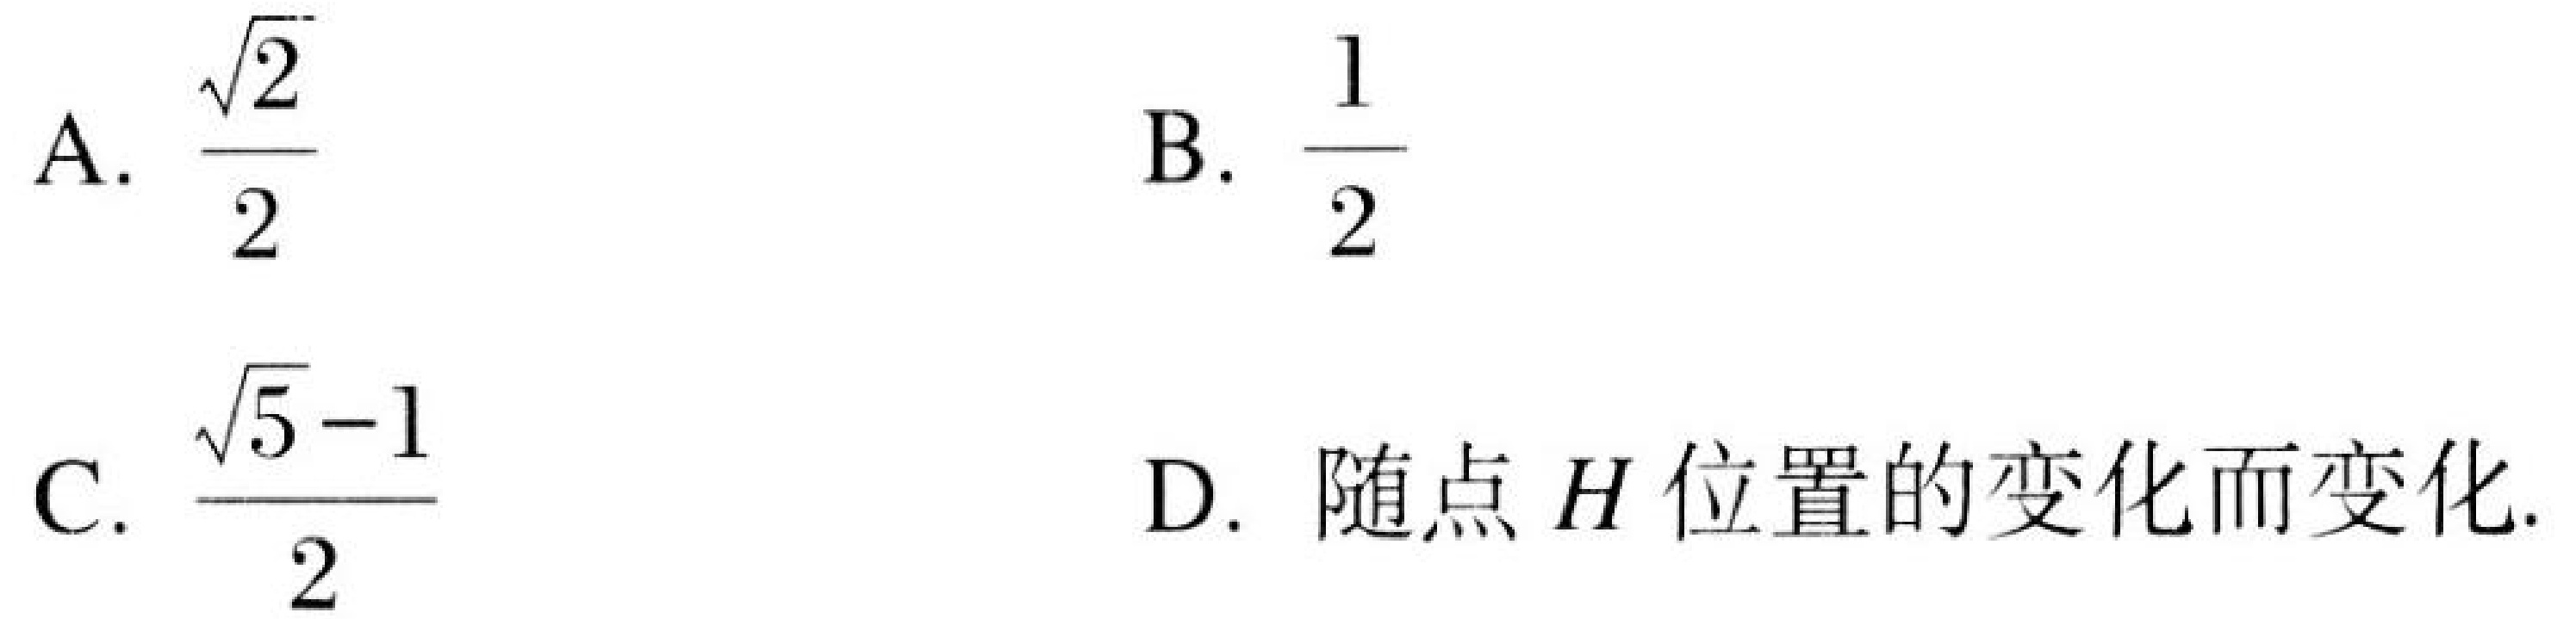
A. \(\frac{\sqrt{2}}{2}\)  B. \(\frac{1}{2}\)

C. \(\frac{\sqrt{5}-1}{2}\)  D. 随点 \(H\) 位置的变化而变化.